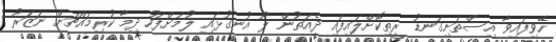
ހޭވިފައިވާ އިސްތަށިގަނޑު ރީތިކޮށްލައިފައި ދެއަތުން ލޯ އުނގުޅައި ލުމަށްފަހު ދިމާ ކުރިމައްޗަށް ނަޒަރު